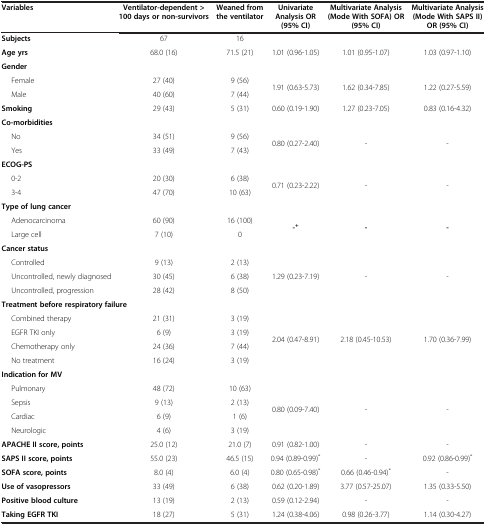
<table><thead><tr><td><b>Variables</b></td><td><b>Ventilator-dependent &gt;100 days or non-survivors</b></td><td><b>Weaned from the ventilator</b></td><td><b>Univariate Analysis OR (95% CI)</b></td><td><b>Multivariate Analysis (Mode With SOFA) OR (95% CI)</b></td><td><b>Multivariate Analysis (Mode With SAPS II) OR (95% CI)</b></td></tr></thead><tbody><tr><td><b>Subjects</b></td><td>67</td><td>16</td><td> </td><td> </td><td> </td></tr><tr><td><b>Age yrs</b></td><td>68.0 (16)</td><td>71.5 (21)</td><td>1.01 (0.96-1.05)</td><td>1.01 (0.95-1.07)</td><td>1.03 (0.97-1.10)</td></tr><tr><td colspan="6"><b>Gender</b></td></tr><tr><td>Female</td><td>27 (40)</td><td>9 (56)</td><td rowspan="2">1.91 (0.63-5.73)</td><td rowspan="2">1.62 (0.34-7.85)</td><td rowspan="2">1.22 (0.27-5.59)</td></tr><tr><td>Male</td><td>40 (60)</td><td>7 (44)</td></tr><tr><td><b>Smoking</b></td><td>29 (43)</td><td>5 (31)</td><td>0.60 (0.19-1.90)</td><td>1.27 (0.23-7.05)</td><td>0.83 (0.16-4.32)</td></tr><tr><td colspan="6"><b>Co-morbidities</b></td></tr><tr><td>No</td><td>34 (51)</td><td>9 (56)</td><td rowspan="2">0.80 (0.27-2.40)</td><td rowspan="2">-</td><td rowspan="2">-</td></tr><tr><td>Yes</td><td>33 (49)</td><td>7 (43)</td></tr><tr><td colspan="6"><b>ECOG-PS</b></td></tr><tr><td>0-2</td><td>20 (30)</td><td>6 (38)</td><td rowspan="2">0.71 (0.23-2.22)</td><td rowspan="2">-</td><td rowspan="2">-</td></tr><tr><td>3-4</td><td>47 (70)</td><td>10 (63)</td></tr><tr><td colspan="6"><b>Type of lung cancer</b></td></tr><tr><td>Adenocarcinoma</td><td>60 (90)</td><td>16 (100)</td><td rowspan="2"><b>-</b><sup><b>+</b></sup></td><td rowspan="2"><b>-</b></td><td rowspan="2"><b>-</b></td></tr><tr><td>Large cell</td><td>7 (10)</td><td>0</td></tr><tr><td colspan="6"><b>Cancer status</b></td></tr><tr><td>Controlled</td><td>9 (13)</td><td>2 (13)</td><td rowspan="3">1.29 (0.23-7.19)</td><td rowspan="3">-</td><td rowspan="3">-</td></tr><tr><td>Uncontrolled, newly diagnosed</td><td>30 (45)</td><td>6 (38)</td></tr><tr><td>Uncontrolled, progression</td><td>28 (42)</td><td>8 (50)</td></tr><tr><td colspan="6"><b>Treatment before respiratory failure</b></td></tr><tr><td>Combined therapy</td><td>21 (31)</td><td>3 (19)</td><td rowspan="4">2.04 (0.47-8.91)</td><td rowspan="4">2.18 (0.45-10.53)</td><td rowspan="4">1.70 (0.36-7.99)</td></tr><tr><td>EGFR TKI only</td><td>6 (9)</td><td>3 (19)</td></tr><tr><td>Chemotherapy only</td><td>24 (36)</td><td>7 (44)</td></tr><tr><td>No treatment</td><td>16 (24)</td><td>3 (19)</td></tr><tr><td colspan="6"><b>Indication for MV</b></td></tr><tr><td>Pulmonary</td><td>48 (72)</td><td>10 (63)</td><td rowspan="4">0.80 (0.09-7.40)</td><td rowspan="4">-</td><td rowspan="4">-</td></tr><tr><td>Sepsis</td><td>9 (13)</td><td>2 (13)</td></tr><tr><td>Cardiac</td><td>6 (9)</td><td>1 (6)</td></tr><tr><td>Neurologic</td><td>4 (6)</td><td>3 (19)</td></tr><tr><td><b>APACHE II score, points</b></td><td>25.0 (12)</td><td>21.0 (7)</td><td>0.91 (0.82-1.00)</td><td>-</td><td>-</td></tr><tr><td><b>SAPS II score, points</b></td><td>55.0 (23)</td><td>46.5 (15)</td><td>0.94 (0.89-0.99)<sup>*</sup></td><td>-</td><td>0.92 (0.86-0.99)<sup>*</sup></td></tr><tr><td><b>SOFA score, points</b></td><td>8.0 (4)</td><td>6.0 (4)</td><td>0.80 (0.65-0.98)<sup>*</sup></td><td>0.66 (0.46-0.94)<sup>*</sup></td><td>-</td></tr><tr><td><b>Use of vasopressors</b></td><td>33 (49)</td><td>6 (38)</td><td>0.62 (0.20-1.89)</td><td>3.77 (0.57-25.07)</td><td>1.35 (0.33-5.50)</td></tr><tr><td><b>Positive blood culture</b></td><td>13 (19)</td><td>2 (13)</td><td>0.59 (0.12-2.94)</td><td>-</td><td>-</td></tr><tr><td><b>Taking EGFR TKI</b></td><td>18 (27)</td><td>5 (31)</td><td>1.24 (0.38-4.06)</td><td>0.98 (0.26-3.77)</td><td>1.14 (0.30-4.27)</td></tr></tbody></table>